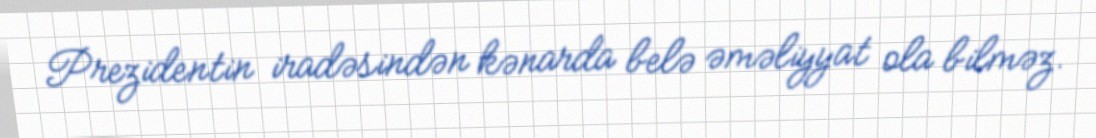
Prezidentin iradəsindən kənarda belə əməliyyat ola bilməz.